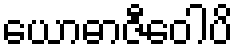
ယောဓာဇီဝေါပိ